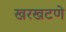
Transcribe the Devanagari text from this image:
खरखटणे